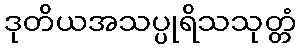
ဒုတိယအသပ္ပုရိသသုတ္တံ